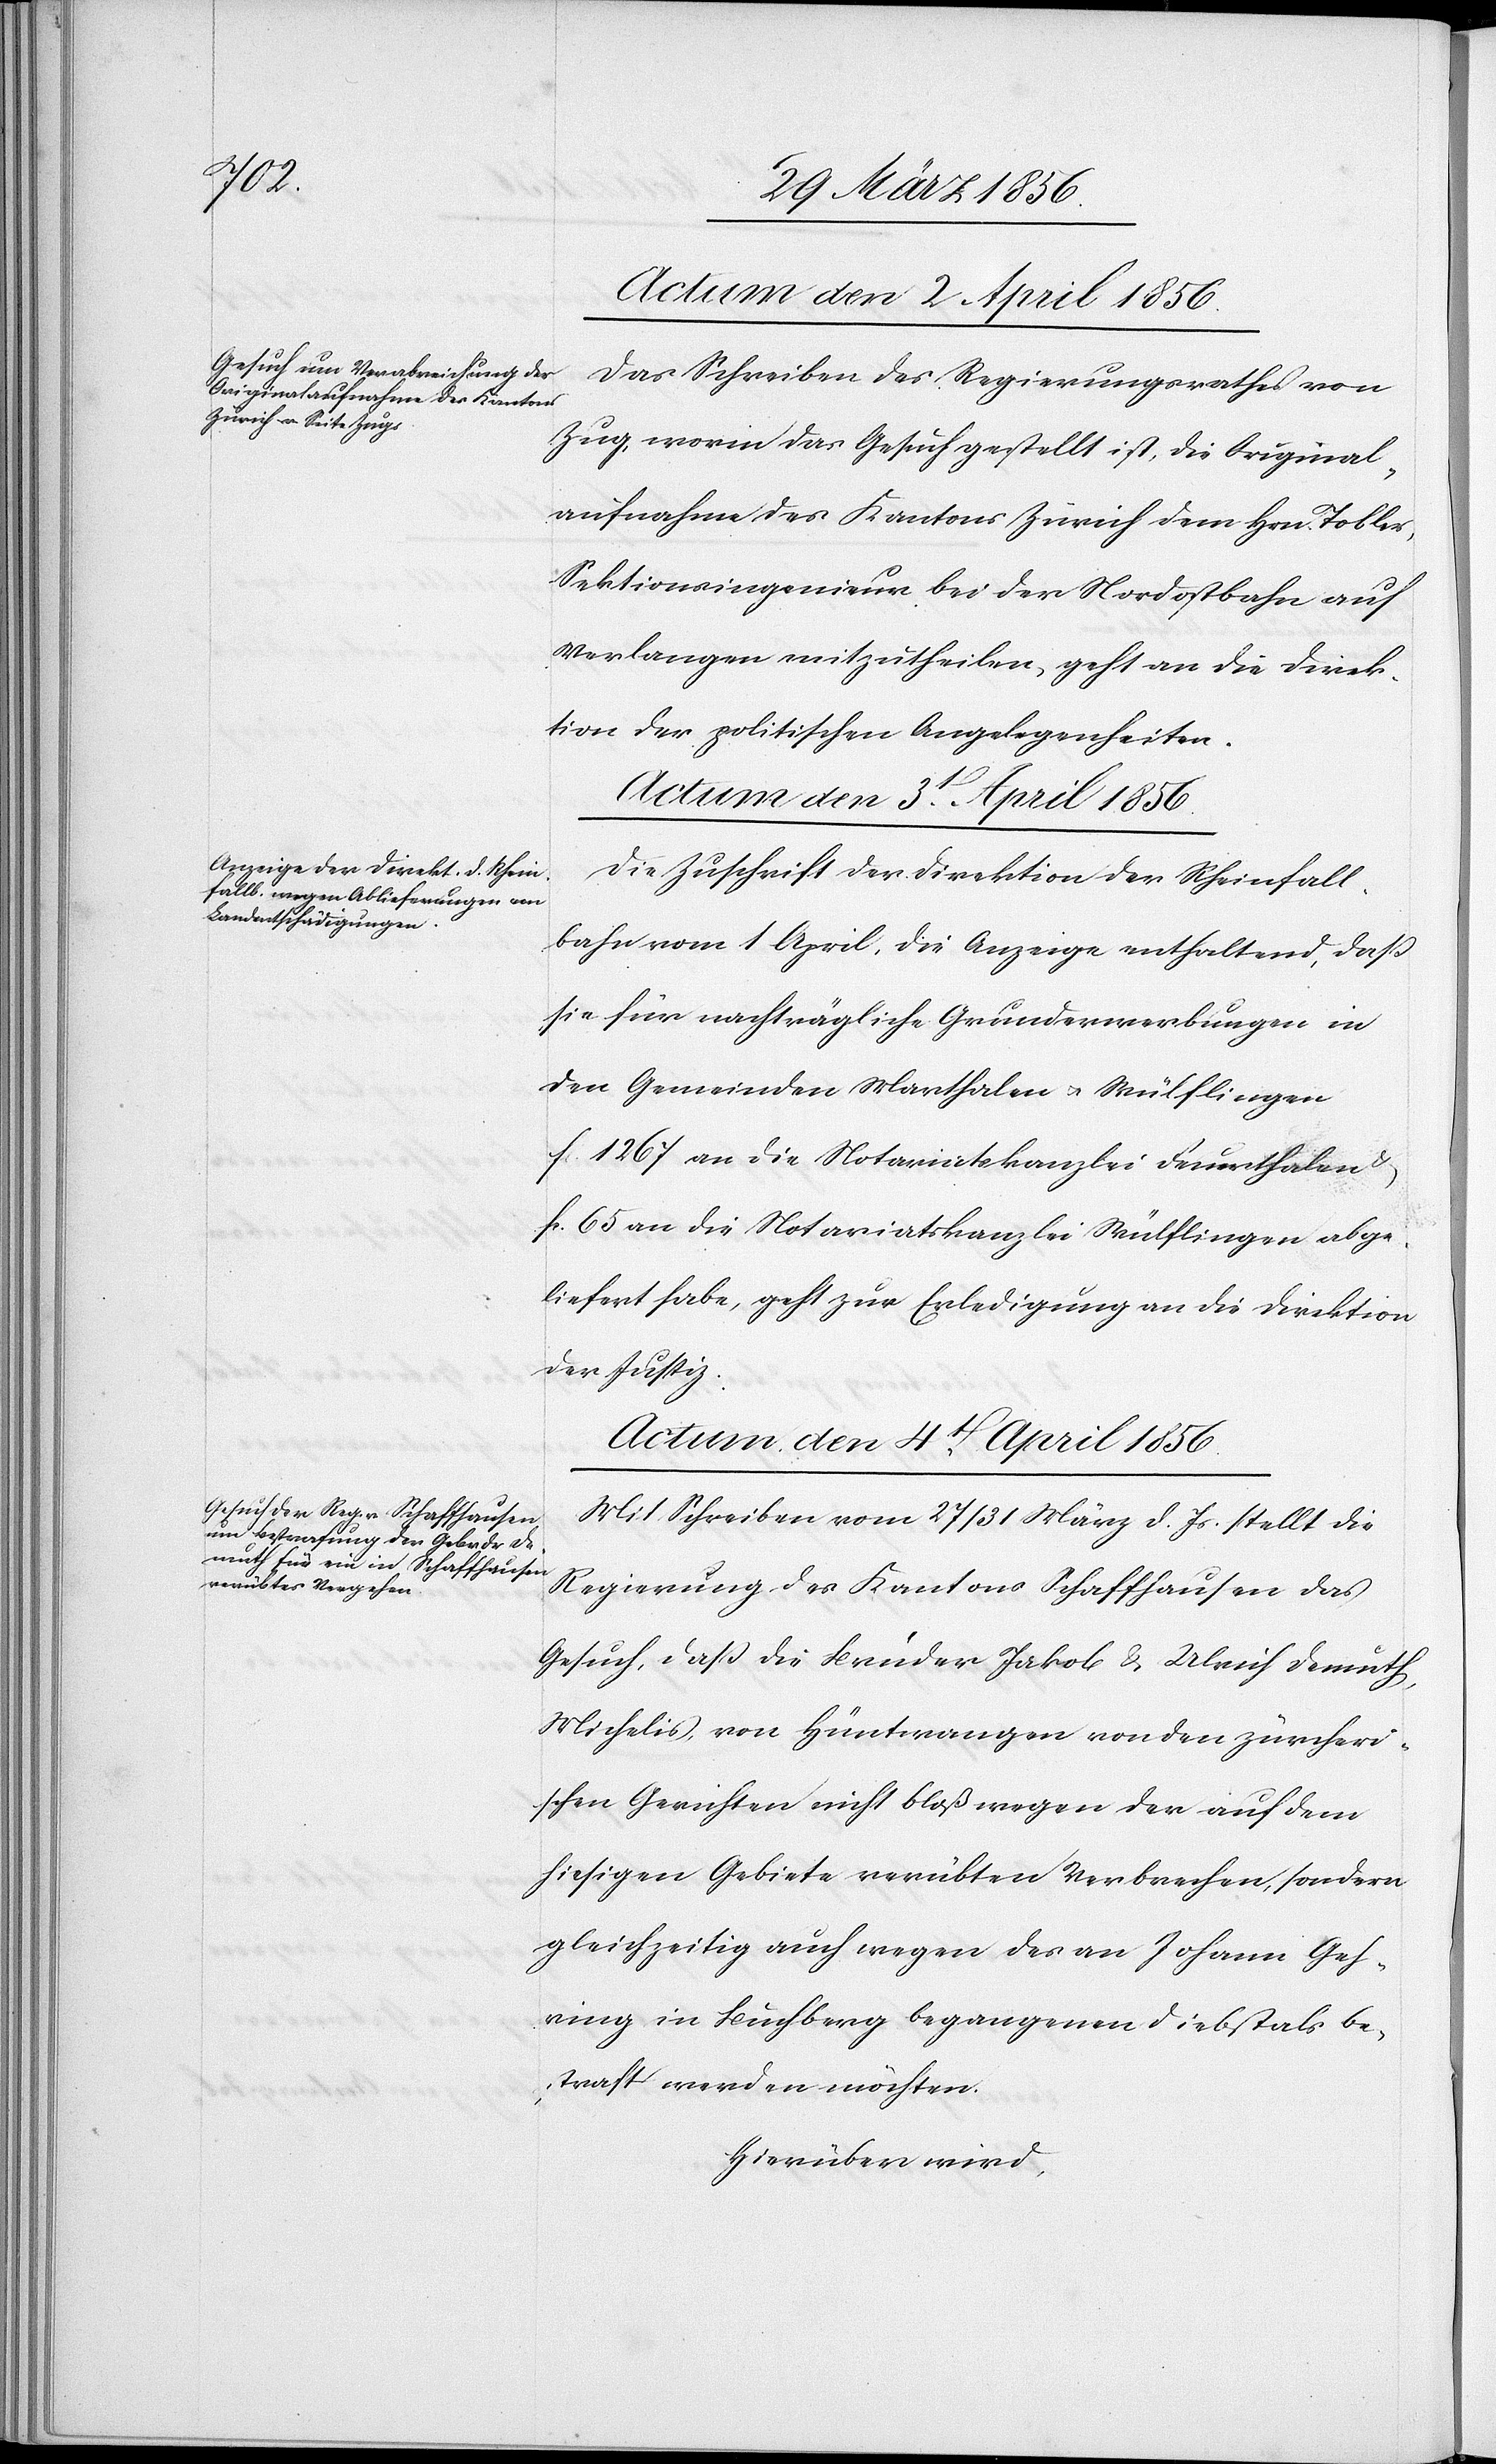
Actum den 2 April 1856.
Das Schreiben des Regierungsrathes von
Zug, worin das Gesuch gestellt ist, die Original¬
aufnahme des Kantons Zürich dem Hrn. Tobler,
Sektionsingenieur bei der Nordostbahn auf
Verlangen mitzutheilen, geht an die Direk¬
tion der politischen Angelegenheiten.
Actum den 3t April 1856.
Die Zuschrift der Direktion der Rheinfall¬
bahn vom 1 April, die Anzeige enthaltend, daß
sie für nachträgliche Grunderwerbungen in
den Gemeinden Marthalen u. Wülflingen
fc. 1267 an die Notariatskanzlei Feuerthalen
fc. 65 an die Notariatskanzlei Wülflingen abge¬
liefert habe, geht zur Erledigung an die Direktion
der Justiz.
Actum, den 4t April 1856.
Mit Schreiben vom 27/31 März d. Js. stellt die
Regierung des Kantons Schaffhausen das
Gesuch, daß die Brüder Jakob & Ulrich Demuth,
Michelis, von Hüntwangen von den zürcheri¬
schen Gerichten nicht bloß wegen der auf dem
hiesigen Gebiete verübten Verbrechen, sondern
gleichzeitig auch wegen des an Johann Geh¬
ring in Buchberg begangenen Diebstals be¬
straft werden möchten.
Hierüber wird,